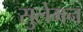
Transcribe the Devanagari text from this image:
सुलेमन